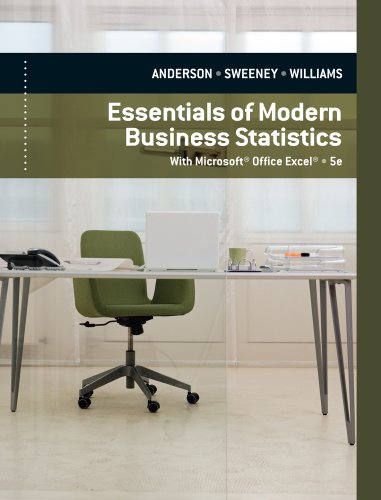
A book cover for Essentials of Modern Business Statistics with Microsoft Excel; David R. Anderson; Computers & Technology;